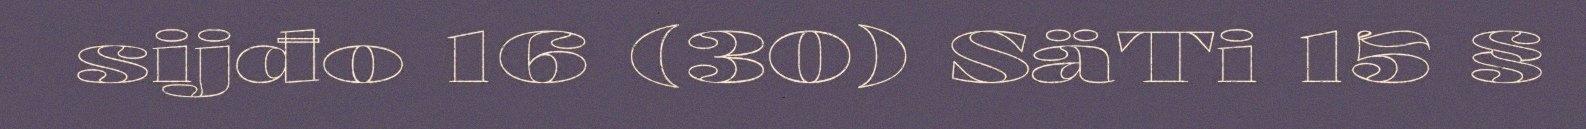
sijđo 16 (30) SäTi 15 §